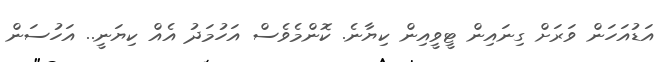
އަޑުއަހަން ވަރަށް ގިނައިން ޓީވީއިން ކިޔާނެ. ކޮންމެވެސް އަހުމަދު އެއް ކިޔަނީ.. އަހުސަން